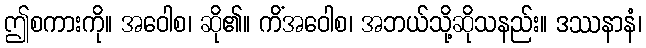
ဤစကားကို။ အဝေါစ၊ ဆို၏။ ကိံအဝေါစ၊ အဘယ်သို့ဆိုသနည်း။ ဒဿနာနံ၊